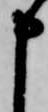
申